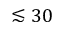
\lesssim 3 0